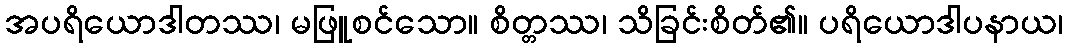
အပရိယောဒါတဿ၊ မဖြူစင်သော။ စိတ္တဿ၊ သိခြင်းစိတ်၏။ ပရိယောဒါပနာယ၊